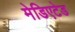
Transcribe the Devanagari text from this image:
मेडिएटेड